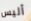
أليس